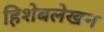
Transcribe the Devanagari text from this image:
हिशेबलेखन